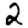
Digit: 2